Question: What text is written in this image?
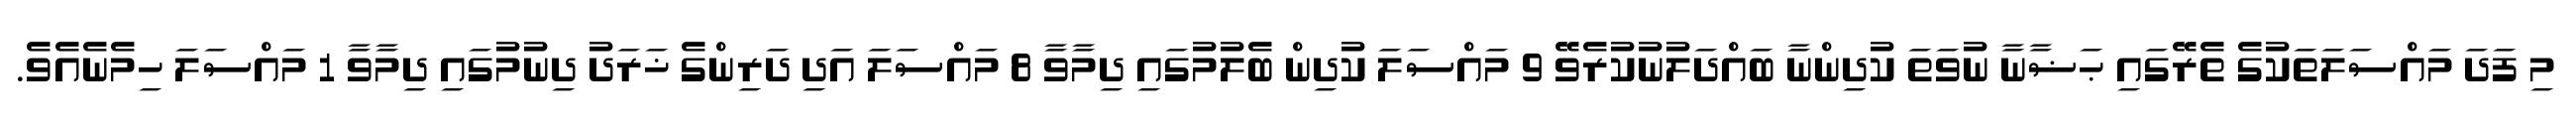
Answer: މި ފަދަ މައްސަލަތަކުގެ ތެރޭގައި ޙަޟާނާ ނުވަތަ ކުދިންނާ ބައްދަލުނުކުރެވޭ 9 މައްސަލަ ކުދިން ބެލުމުގައި ދިމާވާ 8 މައްސަލަ އަދި ދަރިންގެ ޚަރަދު ދިނުމުގައި ދިމާވާ 1 މައްސަލަ ހިމެނެއެވެ.